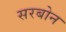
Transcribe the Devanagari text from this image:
सरबोन